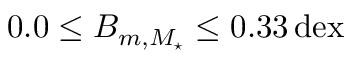
0 . 0 \leq B _ { m , M _ { \star } } \leq 0 . 3 3 \, \mathrm { d e x }